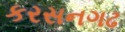
કરસનગઢ